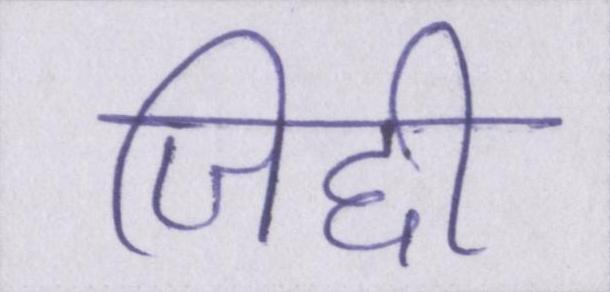
जिद्दी